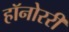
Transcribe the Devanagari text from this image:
हॉनोररी